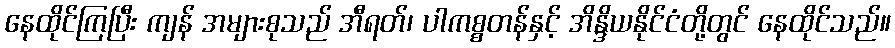
နေထိုင်ကြပြီး ကျန် အများစုသည် အီရတ်၊ ပါကစ္စတန်နှင့် အိန္ဒိယနိုင်ငံတို့တွင် နေထိုင်သည်။